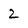
Character: 2